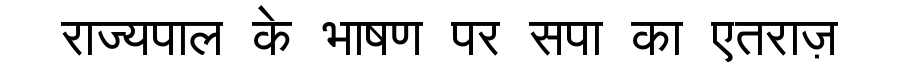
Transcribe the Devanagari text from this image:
राज्यपाल के भाषण पर सपा का एतराज़